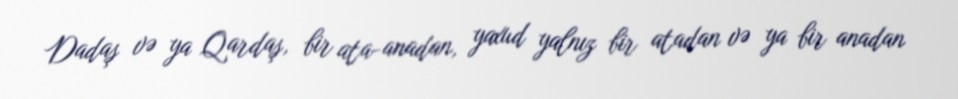
Dadaş və ya Qardaş, bir ata-anadan, yaxud yalnız bir atadan və ya bir anadan